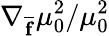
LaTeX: \nabla_{\overline{{\mathbf{f}}}}\mu_{0}^{2}/\mu_{0}^{2}